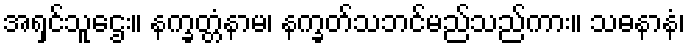
အရှင်သူဌေး။ နက္ခတ္တံနာမ၊ နက္ခတ်သဘင်မည်သည်ကား။ သဓနာနံ၊